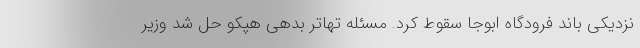
نزدیکی باند فرودگاه ابوجا سقوط کرد. مسئله تهاتر بدهی هپکو حل شد وزیر